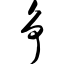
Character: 争